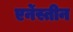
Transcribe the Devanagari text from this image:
एर्नेस्तीन